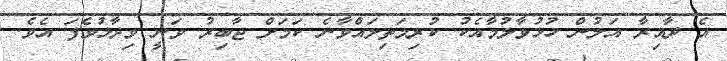
އެ ދާއިރާ އަލުން ހުޅުވާލުމާއެކު ކުރިމަތިލައްވާނެ ކަމަށް ޖާބިރު ވަނީ ވިދާޅުވެފަ އެވެ.